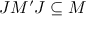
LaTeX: J M ^ { \prime } J \subseteq M